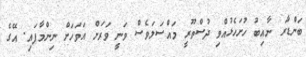
ބަންޑާރަ ނާއިބު ހުށަހެޅުއްވި ދުސްތޫރީ މައްސަލަވެސް ވަނީ ވަރަށް އަވަހަށް ނިންމާފައި. އޭގެ